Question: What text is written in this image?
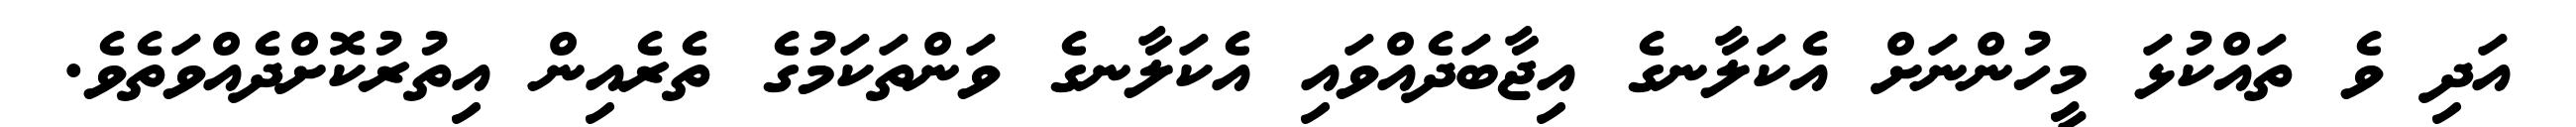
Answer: އަދި ވެ ތައްކުޅަ މީހުންނަށް އެކަލާނގެ އިޖާބަދެއްވައި އެކަލާނގެ ވަންތަކަމުގެ ތެރެއިން އިތުރުކޮށްދެއްވަތެވެ.